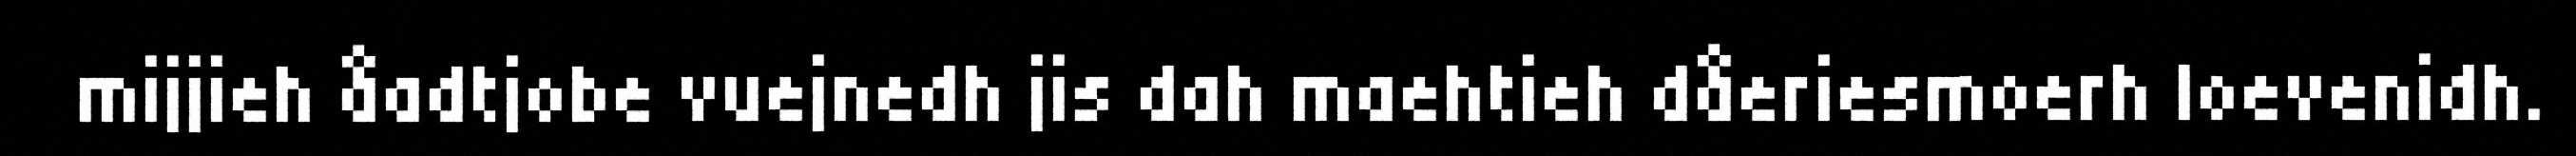
mijjieh åadtjobe vuejnedh jis dah maehtieh dåeriesmoerh loevenidh.